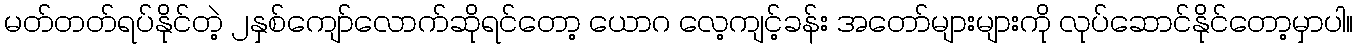
မတ်တတ်ရပ်နိုင်တဲ့ ၂နှစ်ကျော်လောက်ဆိုရင်တော့ ယောဂ လေ့ကျင့်ခန်း အတော်များများကို လုပ်ဆောင်နိုင်တော့မှာပါ။